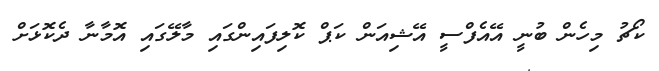
ކޯޗު މިހެން ބުނީ އޭއެފްސީ އޭޝިއަން ކަޕް ކޮލިފައިންގައި މާލޭގައި އޮމާނާ ދެކޮޅަށް